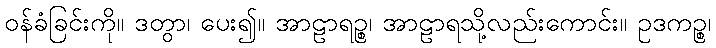
ဝန်ခံခြင်းကို။ ဒတွာ၊ ပေး၍။ အာဠာရဉ္စ၊ အာဠာရသို့လည်းကောင်း။ ဥဒကဉ္စ၊